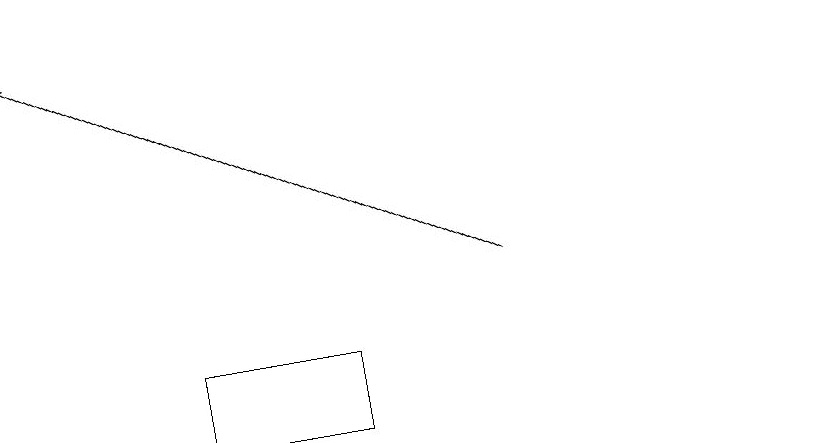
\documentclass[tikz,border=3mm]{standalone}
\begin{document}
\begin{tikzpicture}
\draw[->] (6,14) -- (0,17);
\draw (4,12) rectangle (2,13);
\draw (10,12) circle (0);
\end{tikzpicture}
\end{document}